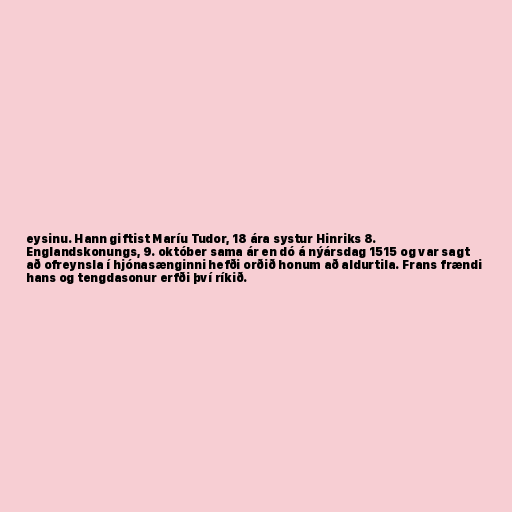
eysinu. Hann giftist Maríu Tudor, 18 ára systur Hinriks 8.
Englandskonungs, 9. október sama ár en dó á nýársdag 1515 og var sagt
að ofreynsla í hjónasænginni hefði orðið honum að aldurtila. Frans frændi
hans og tengdasonur erfði því ríkið.